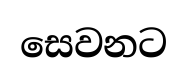
සෙවනට